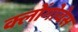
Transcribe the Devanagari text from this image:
क्लोंगोवेस